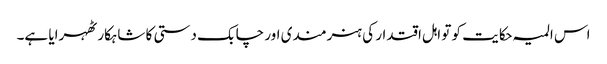
اس المیہ حکایت کو تو اہل اقتدار کی ہنرمندی اور چابک دستی کا شاہکار ٹھہرایا ہے۔